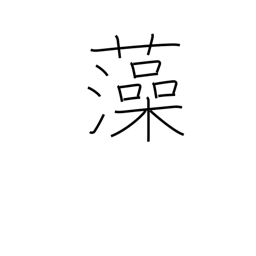
Meaning: seaweed